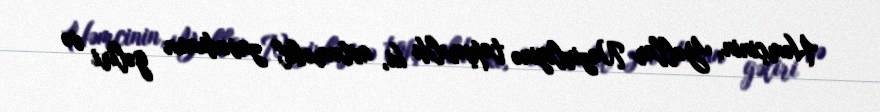
Həmçinin, Yollar Nazirliyinə tapşırıldı ki, avtomobil zavodunun gəliri və